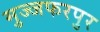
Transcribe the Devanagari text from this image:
मुज्जफरपुर